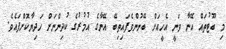
މި ބޫޓުތައް އޭނާ ވަނީ އެހީއަށް ބޭނުންވެފައިތިބޭ އޭނާގެ އުމުރުގެ ކުދިންނަށް ހަދިޔާކޮށްފައެވެ.